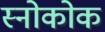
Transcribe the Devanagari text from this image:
स्नोकोक